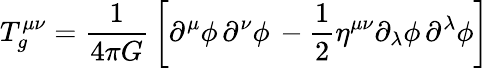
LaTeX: T_{g}^{\mu\nu}={\frac{1}{4\pi G}}\left[\partial^{\mu}\phi\, \partial^{\nu}\phi\, -{\frac{1}{2}}\eta^{\mu\nu}\partial_{\lambda}\phi\, \partial^{\lambda}\phi\right]